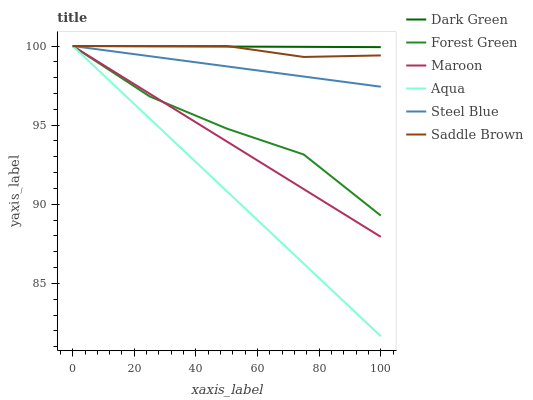
| xaxis_label | Dark Green | Forest Green | Maroon | Aqua | Steel Blue | Saddle Brown |
 | --- | --- | --- | --- | --- | --- | --- |
 | 0 | 100 | 100 | 100 | 100 | 100 | 100 |
 | 25 | 100 | 96.8 | 97 | 95.4 | 99.4 | 100 |
 | 50 | 100 | 94.8 | 94 | 90.8 | 98.7 | 100 |
 | 75 | 99.9 | 93.1 | 91 | 86.2 | 98.1 | 99.3 |
 | 100 | 99.9 | 89.3 | 87.9 | 81.7 | 97.4 | 99.4 |